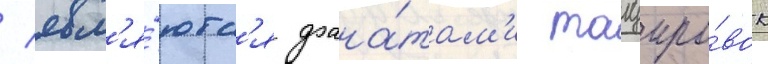
/ явл'я́ютс'я фана́там'и татуиро́вок